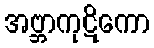
အဗ္ဘာကုဋိကော